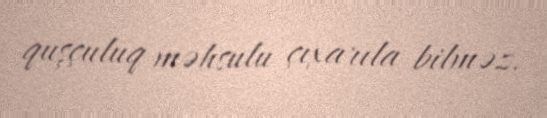
quşçuluq məhsulu çıxarıla bilməz.